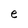
Character: e